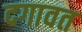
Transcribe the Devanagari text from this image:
दगावत